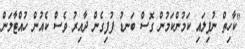
"ކާހިތް ނުފިލައި ކަމުންކަމުން ގޮސް ބަނޑު ފުފިގެން ދާއިރު ވެސް ކެއުން ހުއްޓާލަން